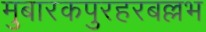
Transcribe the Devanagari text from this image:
मुबारकपुरहरबल्लभ